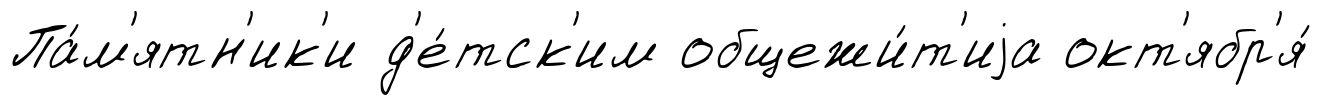
Па́м'ятн'ик'и д'е́тск'им общежи́т'иjа окт'ябр'я́